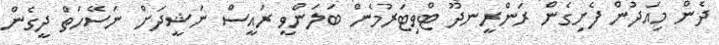
ދެން މިއަދުން ފެށިގެން ރަންރީނދޫ ޓްވިޓަރުމެން ބަލަންވީ ރައީސް ނަޝީދަށް ނަސޭހަތް ދީގެން